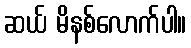
ဆယ် မိနစ်လောက်ပါ။